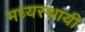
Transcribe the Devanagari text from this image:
मध्यस्थायी